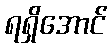
ရရှိအောင်